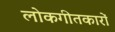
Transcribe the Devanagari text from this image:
लोकगीतकारों